65_HS1-834228961_62-HQ-83894_Section_7
Agency: FBI
Page 165
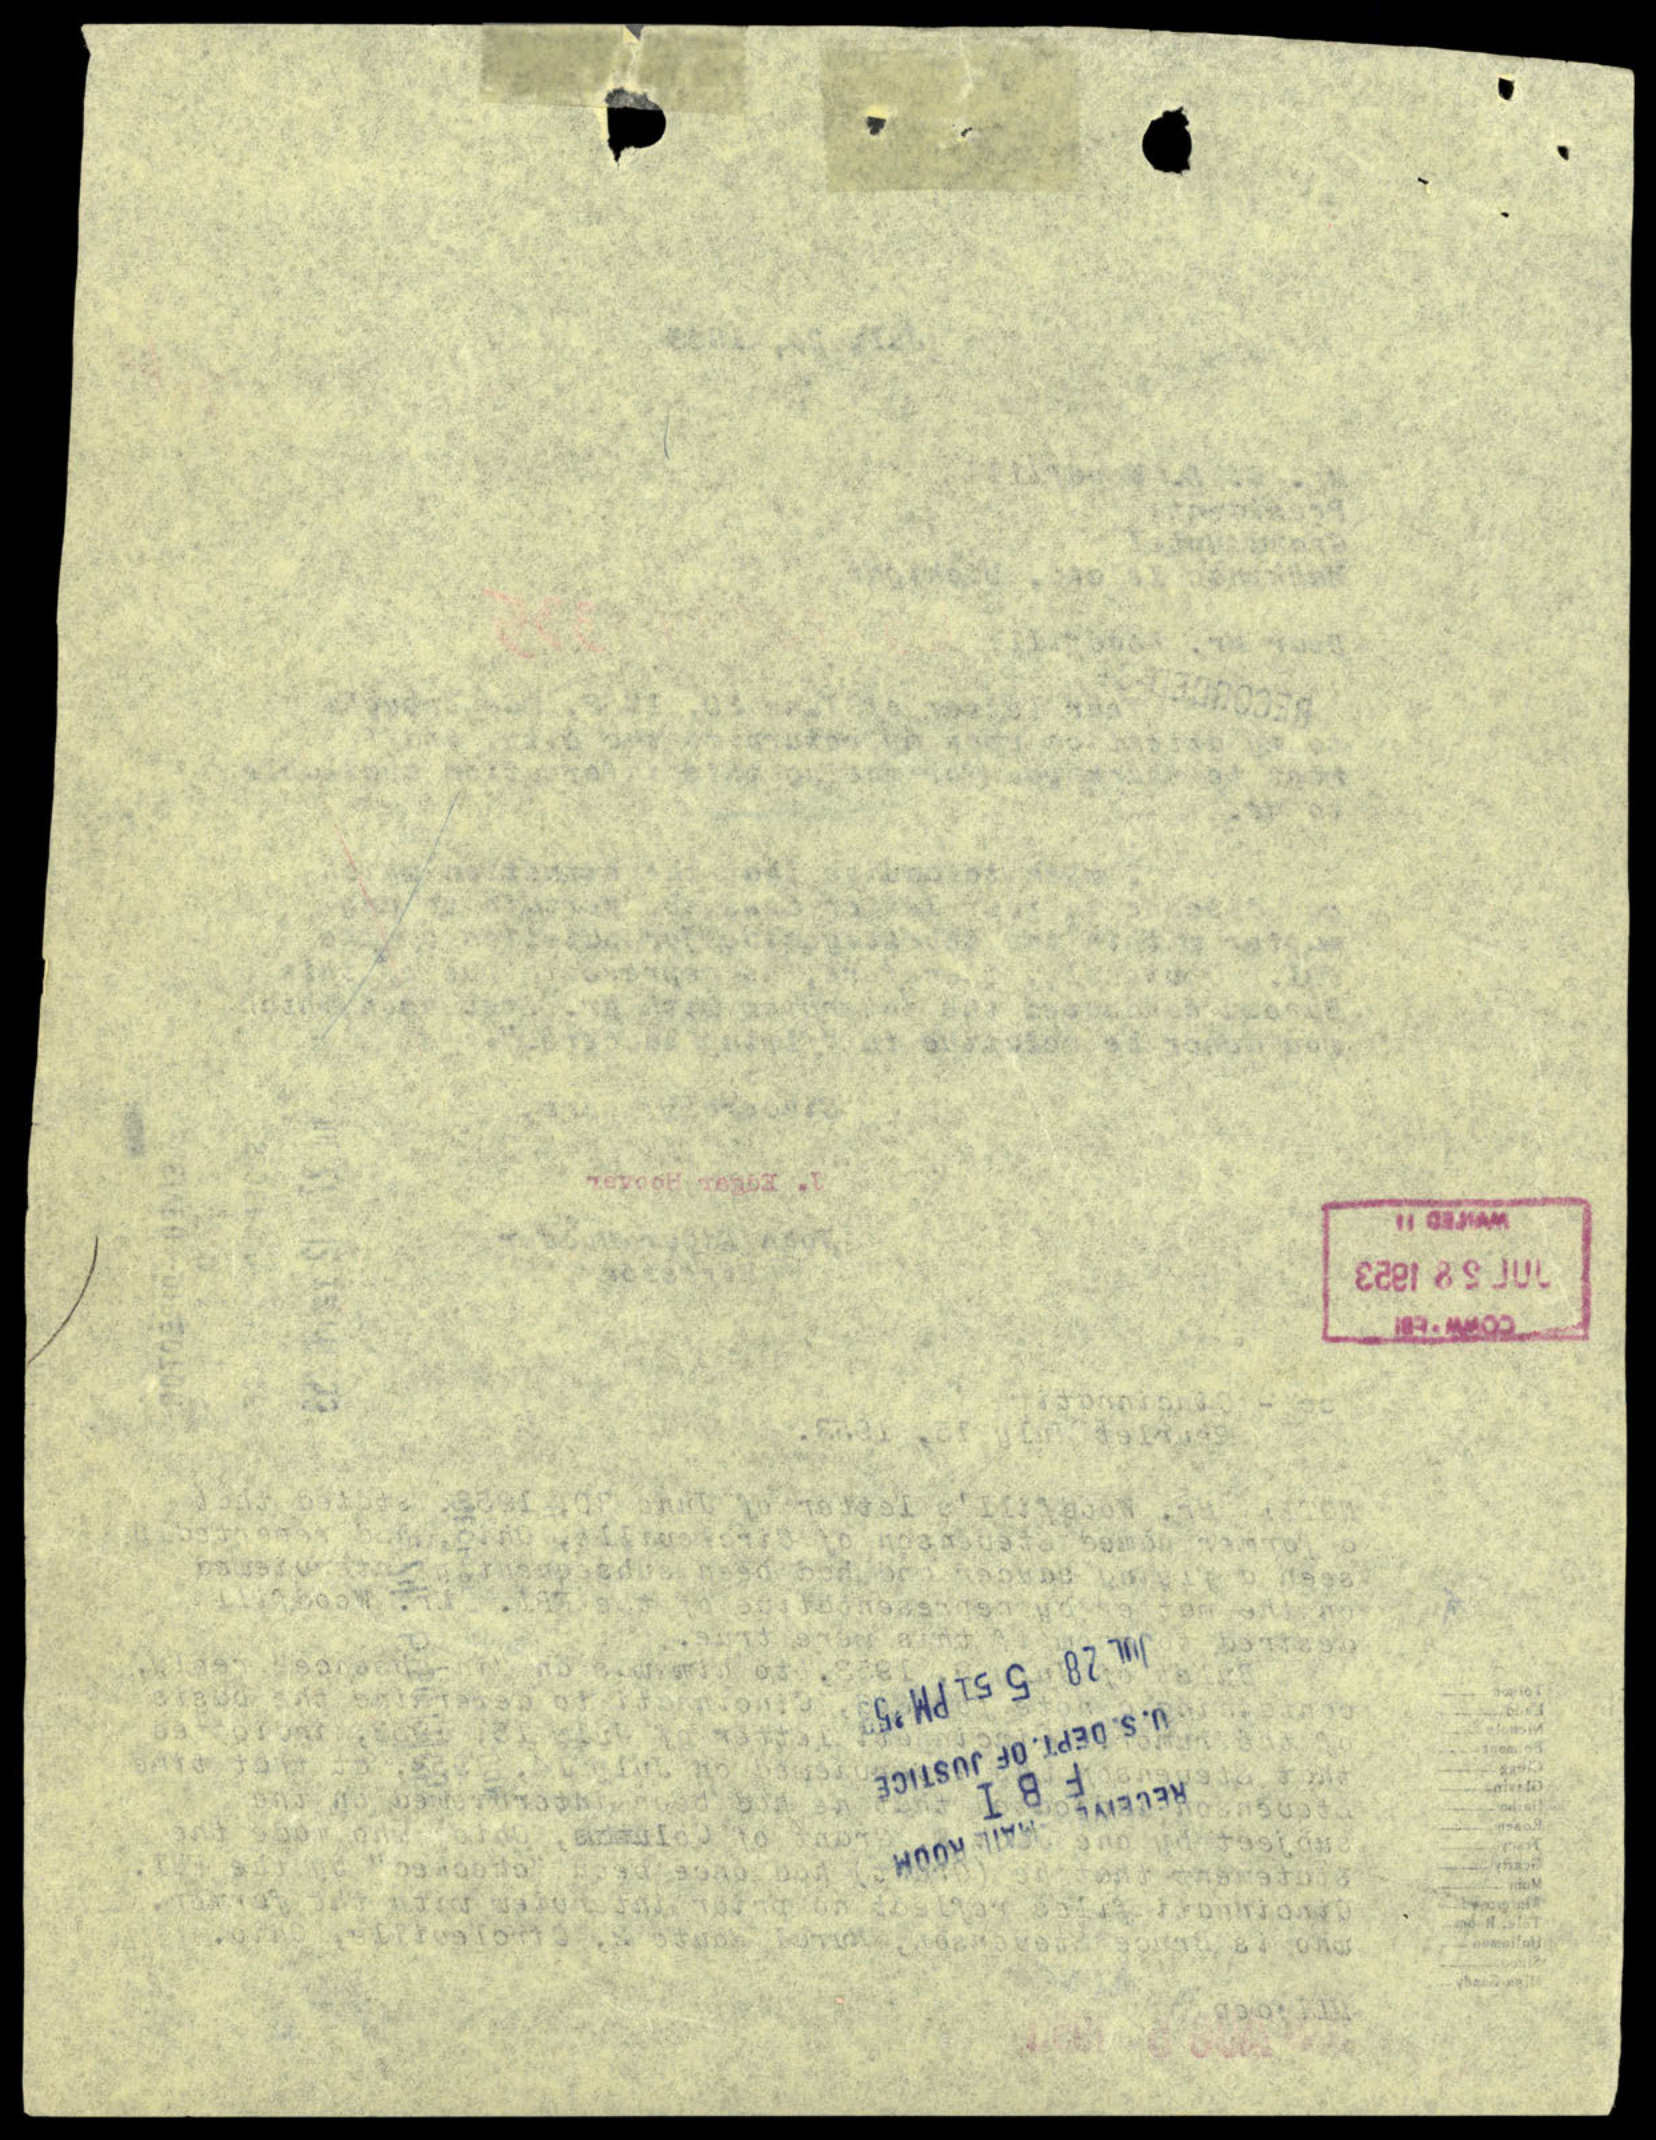